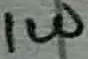
Text: 1W